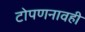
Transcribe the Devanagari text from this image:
टोपणनावही